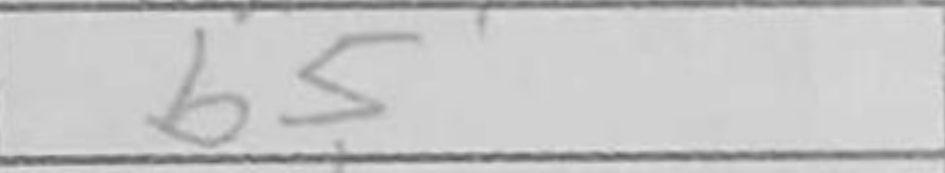
Transcription: b5